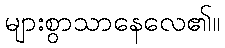
များစွာသာနေလေ၏။